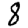
Digit: 8